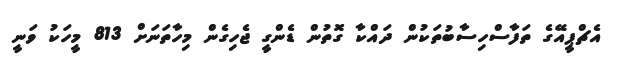
އެޗްޕީއޭގެ ތަފާސްހިސާބުތަކުން ދައްކާ ގޮތުން ޑެންގީ ޖެހިގެން މިހާތަނަށް 813 މީހަކު ވަނީ